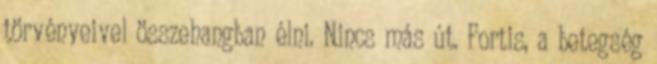
törvényeivel összehangban élni. Nincs más út. Fortis, a betegség